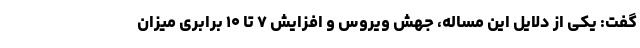
گفت: یکی از دلایل این مساله، جهش ویروس و افزایش ۷ تا ۱۰ برابری میزان